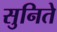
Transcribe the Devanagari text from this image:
सुनिते